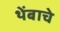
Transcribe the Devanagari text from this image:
थेंबाचे